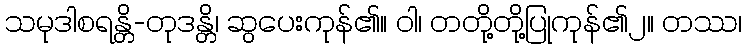
သမုဒါစရန္တိ-တုဒန္တိ၊ ဆွပေးကုန်၏။ ဝါ၊ တတို့တို့ပြုကုန်၏၂။ တဿ၊